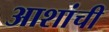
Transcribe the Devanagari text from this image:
आशांची